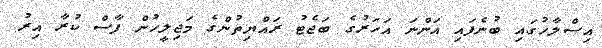
އިސްލާހުގައި ބުނެފައި އަންނަ އަހަރުގެ ބަޖެޓު ރައްޔިތުންގެ މަޖިލީހުން ފާސް ކުރާ އިރު